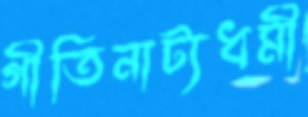
গীতিনাট্যধর্মী